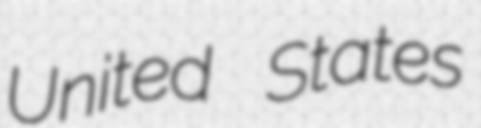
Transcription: United States